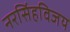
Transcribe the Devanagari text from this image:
नरसिंहविजय